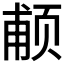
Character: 𱂩